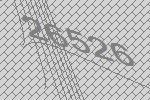
26526